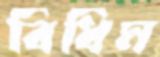
বিধিম